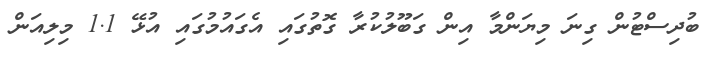
ބުދިސްޓުން ގިނަ މިޔަންމާ އިން ގަބޫލުކުރާ ގޮތުގައި އެގައުމުގައި އުޅޭ 1.1 މިލިއަން